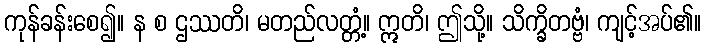
ကုန်ခန်းစေ၍။ န စ ဌဿတိ၊ မတည်လတ္တံ့။ ဣတိ၊ ဤသို့။ သိက္ခိတဗ္ဗံ၊ ကျင့်အပ်၏။